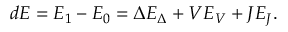
d E = E _ { 1 } - E _ { 0 } = \Delta E _ { \Delta } + V E _ { V } + J E _ { J } .